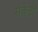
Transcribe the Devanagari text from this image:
संकेंद्री